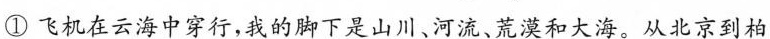
①飞机在云海中穿行，我的脚下是山川、河流、荒漠和大海。从北京到柏